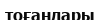
тоғандары